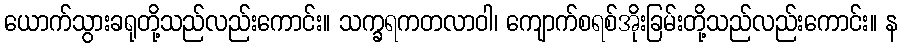
ယောက်သွားခရုတို့သည်လည်းကောင်း။ သက္ခရကတလာဝါ၊ ကျောက်စရစ်အိုးခြမ်းတို့သည်လည်းကောင်း။ န